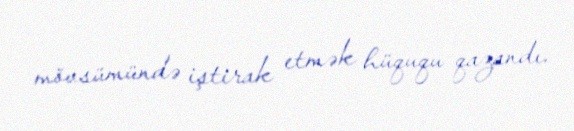
mövsümündə iştirak etmək hüququ qazandı.